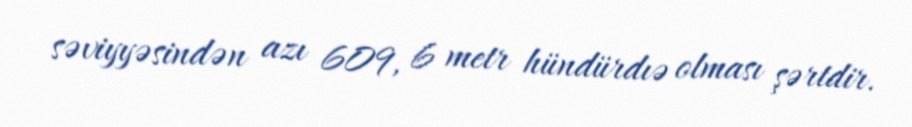
səviyyəsindən azı 609, 6 metr hündürdıə olması şərtdir.